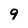
Character: 9